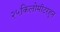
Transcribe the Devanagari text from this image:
२५किलोमीटरहून